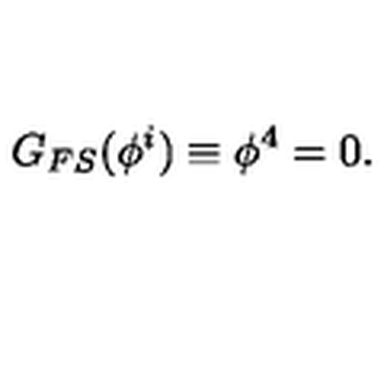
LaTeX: G _ { F S } ( \phi ^ { i } ) \equiv \phi ^ { 4 } = 0 .